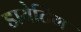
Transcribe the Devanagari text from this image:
डायेटिंग